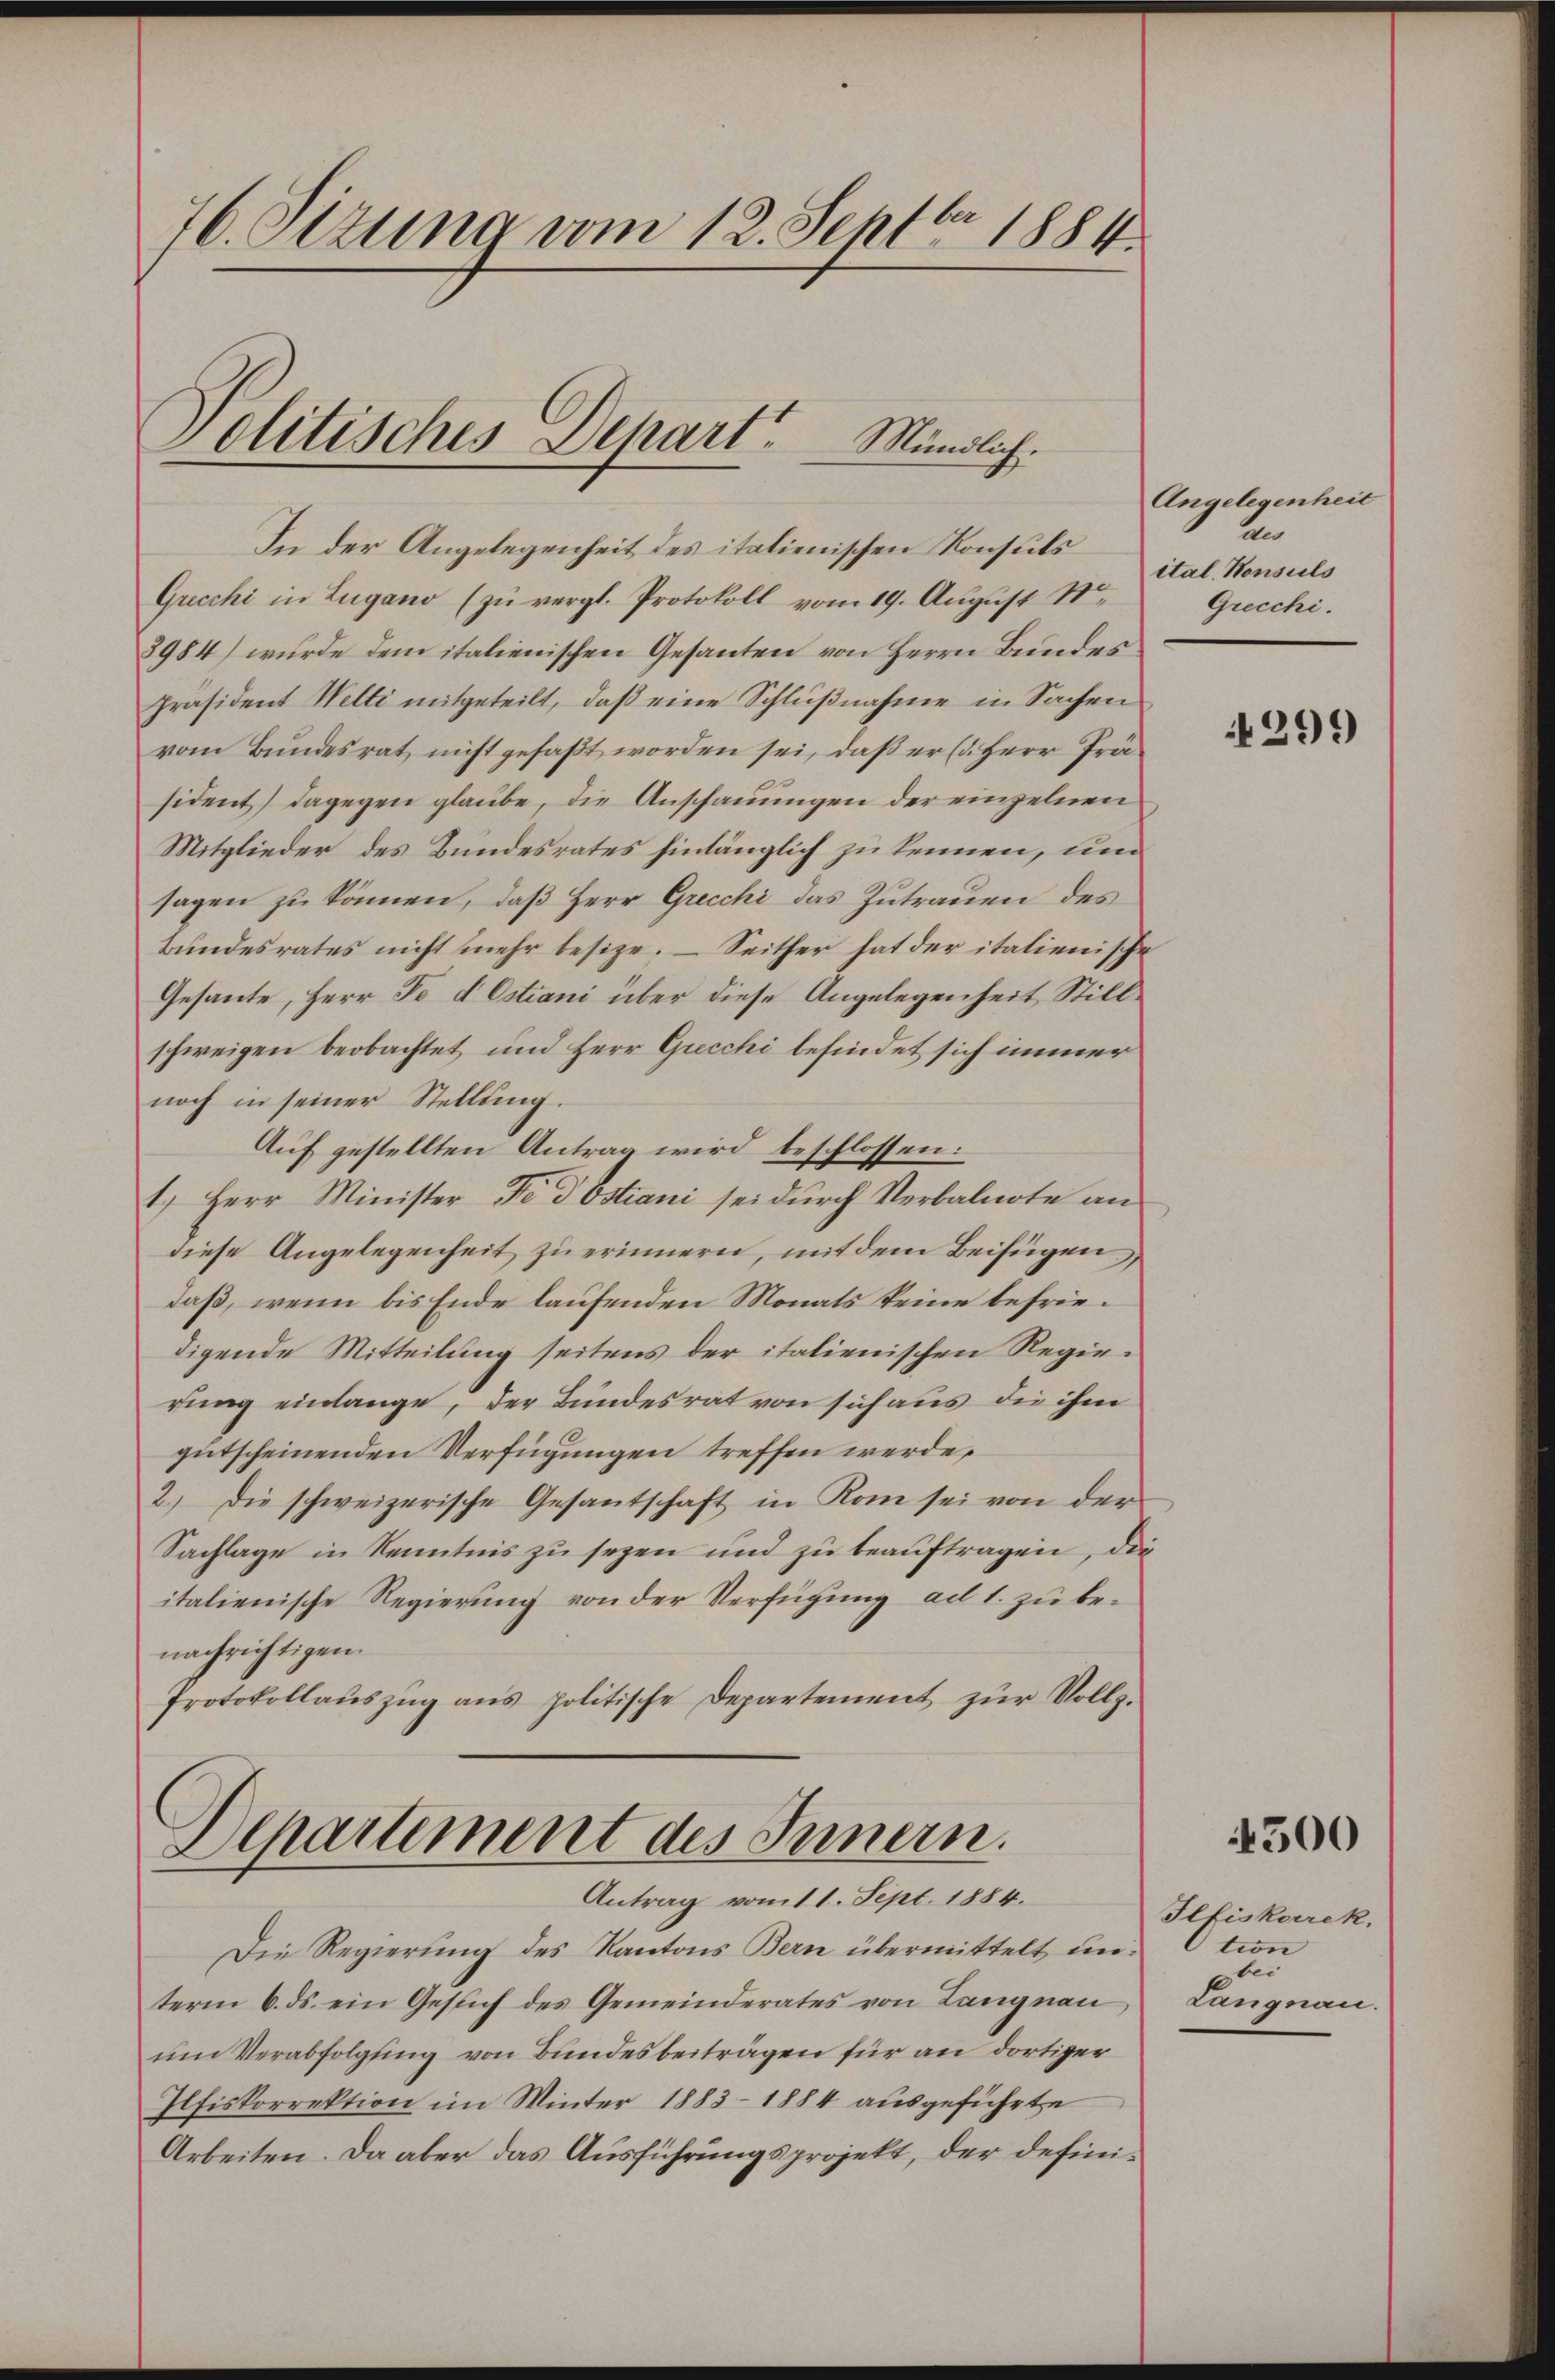
76. Sizung vom 12. Septbr 1884.

Politisches Depart. Mündlich.

In der Angelegenheit des italienischen Konsuls
Grecchi in Lugano (zu vergl. Protokoll vom 19. August 18
8984) wurde dem italienischen Gesanten von Herrn Bundes
Präsident Welti mitgeteilt, daß eine Schlŭβnahme in Sachen
vom Bundesrat nicht gefaßt worden sei, daß er (d. Herr Präsident) dagegen glaube, die Anschauungen der einzelnen
Mitglieder des Bundesrates hinlänglich zu kennen, und
sagen zŭ können, daβ Herr Grecchi das Zŭtraŭen des
Bundesrates nicht mehr besitze. – Seither hat der italienische
Gesante, Herr Fe d Ostiani über diese Angelegenheit Stillschweigen beobachtet und Herr Grecchi befindet sich immer
noch in seiner Stellung.
Auf gestellten Antrag wird beschlossen:
1.) Herr Minister Fe d Ostiani sei durch Verbalnote an
diese Angelegenheit zu erinnern, mit dem Beifügen,
daß, wenn bis Ende laufenden Monats keine befriedigende Mitteilung seitens der italienischen Regie-
rung einlange, der Bundesrat von sich aus die ihm
gutscheinenden Verfügungen treffen werde,
2.) Die schweizerische Gesantschaft in Rom sei von der
Sachlage in Kenntnis zu sezen und zu beauftragen, die
italienische Regierung von der Verfügung ad 1. zu benachrichtigen.
Protokollaŭszŭg ans politische Departement zŭr Vollz.

Departement des Innern.
Antrag vom 11. Sept. 1884.

Die Regierung des Kantons Bern übermittelt unterm 6. ds. ein Gesŭch des Gemeinderates von Langnau Langnau.
um Verabfolgung von Bundesbeiträgen für an dortiger
Ilfiskorrektion im Winter 1883-1884 ausgeführte
Arbeiten. Da aber das Ausführungsprojekt, der defini¬

Angelegenheit
ten
ital. Honsuls
Grecchi.

4299

4500

Ilfiskorrek,
tion
bei